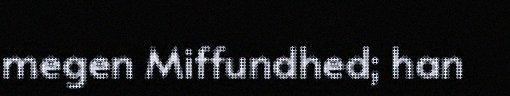
megen Miffundhed; han